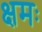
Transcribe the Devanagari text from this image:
क्षमः